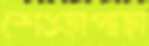
শেওড়াপাড়া